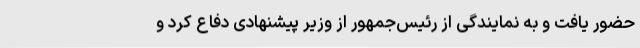
حضور یافت و به نمایندگی از رئیس‌جمهور از وزیر پیشنهادی دفاع کرد و